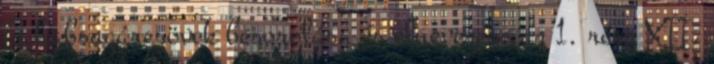
A habsugárcsövek besorolása és elnevezése az 1. rész XII.